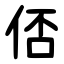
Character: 俖